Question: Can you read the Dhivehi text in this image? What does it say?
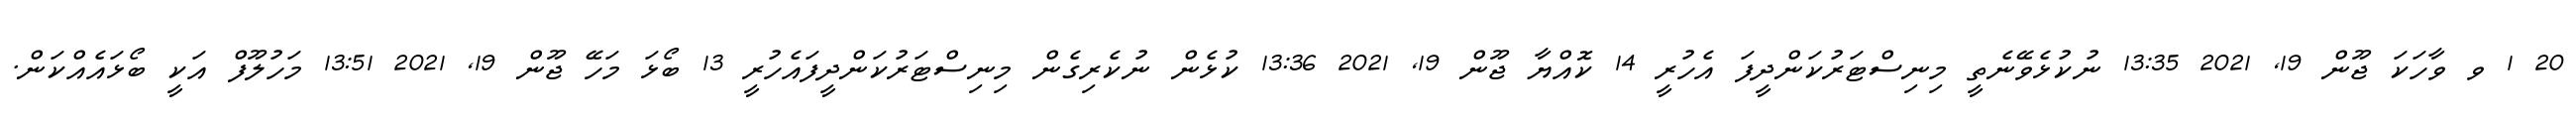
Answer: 20 1 ވ ވާހަކަ ޖޫން 19, 2021 13:35 ނުކުޅެވޭނެތީ މިނިސްޓަރުކަންދީފަ އެހުރީ 14 ކޮއްޔާ ޖޫން 19, 2021 13:36 ކުޅެން ނުކެރިގެން މިނިސްޓަރުކަންދީފައެހުރީ 13 ބޯޅަ މަހޭ ޖޫން 19, 2021 13:51 މަހުލޫފް އަކީ ބޯޅައެއްކަން.